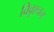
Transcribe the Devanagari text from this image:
विवृश्चन्